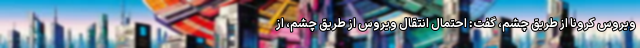
ویروس کرونا از طریق چشم، گفت: احتمال انتقال ویروس از طریق چشم‌، از